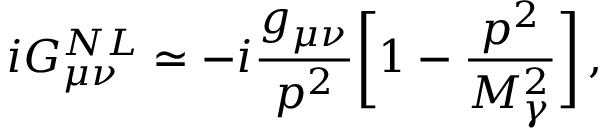
i G _ { \mu \nu } ^ { N L } \simeq - i \frac { g _ { \mu \nu } } { p ^ { 2 } } \biggl [ 1 - \frac { p ^ { 2 } } { M _ { \gamma } ^ { 2 } } \biggr ] \, ,